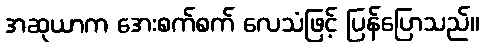
အဆုယာက အေးစက်စက် လေသံဖြင့် ပြန်ပြောသည်။